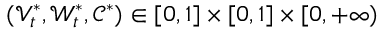
( \mathcal { V } _ { t } ^ { * } , \mathcal { W } _ { t } ^ { * } , \mathcal { C } ^ { * } ) \in [ 0 , 1 ] \times [ 0 , 1 ] \times [ 0 , + \infty )